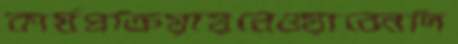
কার্যপ্রক্রিয়ায়নেওয়াবেনদি